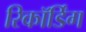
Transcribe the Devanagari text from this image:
रिकॉर्डिंग